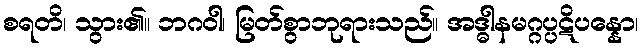
စရတိ၊ သွား၏။ ဘဂဝါ၊ မြတ်စွာဘုရားသည်။ အဒ္ဓါနမဂ္ဂပ္ပဋိပန္နော၊